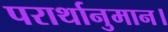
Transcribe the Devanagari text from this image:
परार्थानुमान।